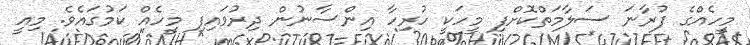
މީހެއްގެ ފުރާނަ ސަލާމަތްކޮށްފި މީހަކީ ހުރިހާ އިންސާނުން ދިރުވައިފި މީހެއް ކަމުގައެވެ. މިއީ